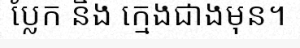
ប្លែក និង ក្មេងជាងមុន។